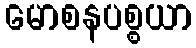
မောစနပစ္စယာ